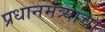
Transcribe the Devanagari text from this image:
प्रधानमंत्र्यांचा